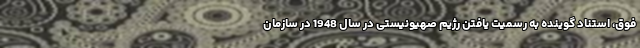
فوق، استناد گوینده به رسمیت یافتن رژیم صهیونیستی در سال 1948 در سازمان